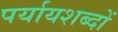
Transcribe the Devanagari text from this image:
पर्यायशब्दों